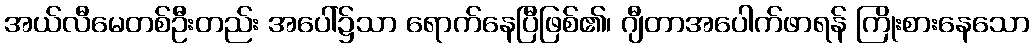
အယ်လီမေတစ်ဦးတည်း အပေါ်၌သာ ရောက်နေပြီဖြစ်၏၊ ဂျီတာအပေါက်ဖာရန် ကြိုးစားနေသော